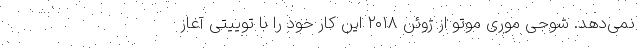
نمی‌دهد. شوجی موری موتو از ژوئن ۲۰۱۸ این کار خود را با توییتی آغاز